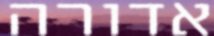
אדורה